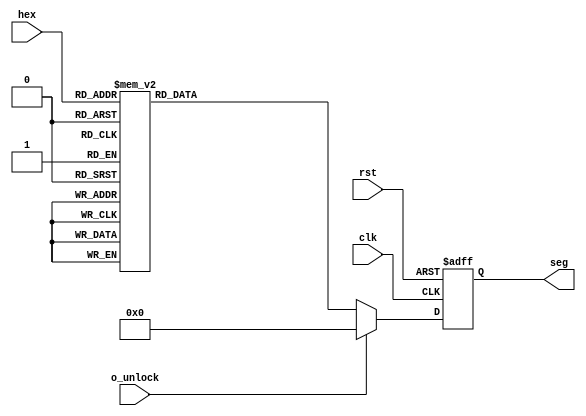
module sseg_display_m2(
    input clk,
	 input o_unlock,
    input rst,
    input [3:0] hex,
    output reg [6:0] seg
    );
    always @(posedge clk or posedge rst)   
    begin
    if(rst)
    seg <= 7'h00;
    else
	 begin
	 if(!o_unlock)
    begin
        case(hex)
            4'h0: seg[6:0] = 7'h04;
            4'h1: seg[6:0] = 7'h79;
            4'h2: seg[6:0] = 7'h24;
            4'h3: seg[6:0] = 7'h30;
            4'h4: seg[6:0] = 7'h19;
            4'h5: seg[6:0] = 7'h12;
            4'h6: seg[6:0] = 7'h02;
            4'h7: seg[6:0] = 7'h78;
            4'h8: seg[6:0] = 7'h00;
            4'h9: seg[6:0] = 7'h10;
            4'hA: seg[6:0] = 7'h08;
            4'hB: seg[6:0] = 7'h03;
            4'hC: seg[6:0] = 7'h46;
            4'hD: seg[6:0] = 7'h21;
            4'hE: seg[6:0] = 7'h06;
            default: seg[6:0] = 7'h0E;
        endcase
    end
	else
	begin
	seg[6:0] = 7'h00;
	end
   end
end

endmodule